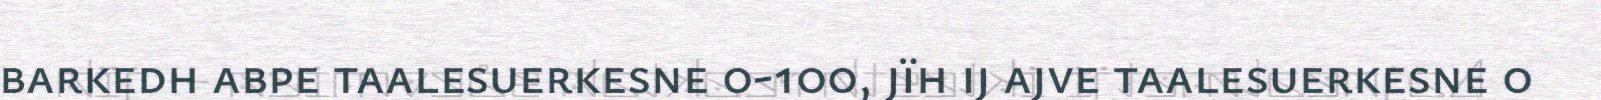
barkedh abpe taalesuerkesne 0-100, jïh ij ajve taalesuerkesne 0